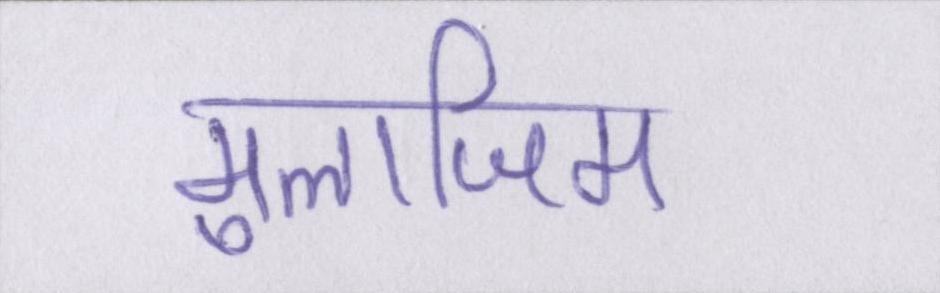
मुलाजिम